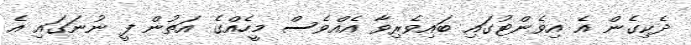
ދެކިގެން އެ އިވެންޓުގައި ބައިވެރިވާ އެއްވެސް މީހެއްގެ އަތުން ފީ ނުނަގައި އެ